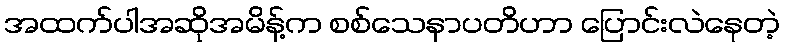
အထက်ပါအဆိုအမိန့်က စစ်သေနာပတိဟာ ပြောင်းလဲနေတဲ့